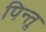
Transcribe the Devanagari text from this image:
पिन्तू